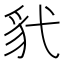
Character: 𫎊